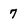
Character: 7